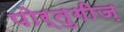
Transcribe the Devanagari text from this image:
पोर्तुगीज़